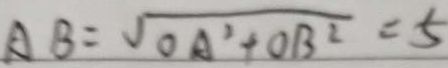
A B = \sqrt { O A ^ { 2 } + O B ^ { 2 } } = 5